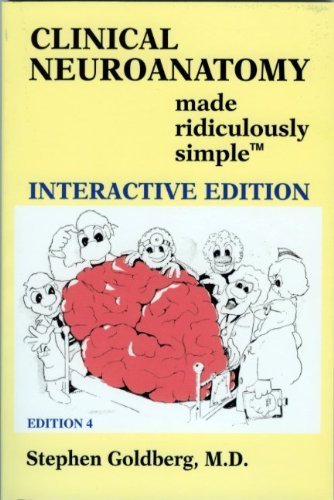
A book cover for Clinical Neuroanatomy Made Ridiculously Simple by Goldberg, Stephen (2010) Paperback; Medical Books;